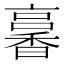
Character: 㐯